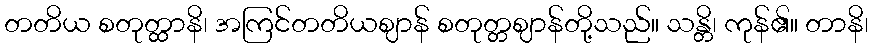
တတိယ စတုတ္ထာနိ၊ အကြင်တတိယဈာန် စတုတ္တဈာန်တို့သည်။ သန္တိ၊ ကုန်၏။ တာနိ၊